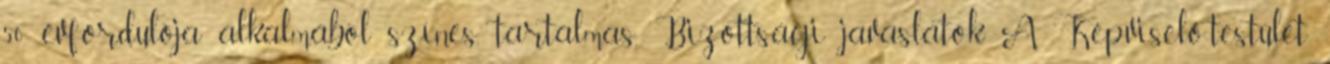
50. évfordulója alkalmából színes, tartalmas, Bizottsági javaslatok A Képviselő-testület